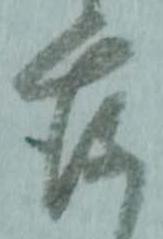
存